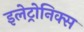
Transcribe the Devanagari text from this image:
इलेट्रोनिक्स